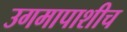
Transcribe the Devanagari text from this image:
उगमापाशीच